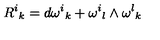
{ { R } ^ { i } } _ { k } = d { { \omega } ^ { i } } _ { k } + { { \omega } ^ { i } } _ { l } \wedge { { \omega } ^ { l } } _ { k }